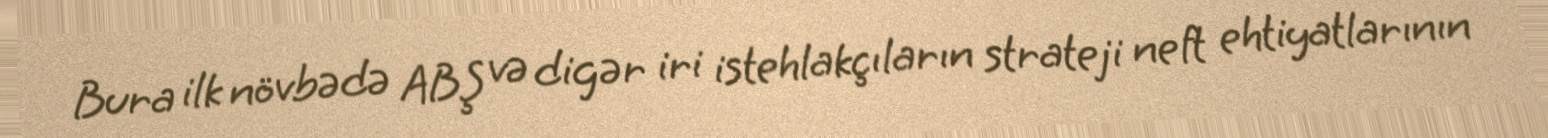
Bura ilk növbədə ABŞ və digər iri istehlakçıların strateji neft ehtiyatlarının